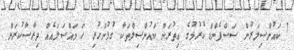
7 ކައުންސިލަރުން ސަސްޕެންޑް ކުރުމުގެ އިތުރަށް ކައުންސިލްތަކާ ގުޅުންހުރި ހަ މައްސަލައެއް ދިރާސާކުރަން